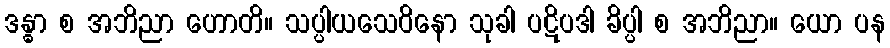
ဒန္ဓာ စ အဘိညာ ဟောတိ။ သပ္ပါယသေဝိနော သုခါ ပဋိပဒါ ခိပ္ပါ စ အဘိညာ။ ယော ပန